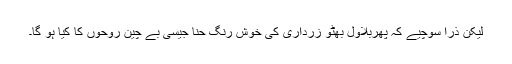
لیکن ذرا سوچیے کہ پھربلاول بھٹو زرداری کی خوش رنگ حنا جیسی بے چین روحوں کا کیا ہو گا۔